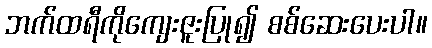
ဘက်ထရီကိုကျေးဇူးပြု၍ စစ်ဆေးပေးပါ။